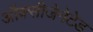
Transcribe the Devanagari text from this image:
ऑक्सीजेनेटेड